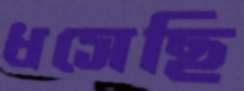
ধসেছি